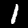
Label: 1